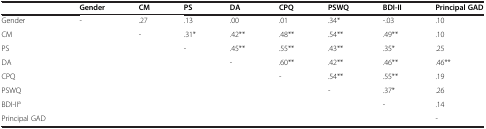
|  | Gender | CM | PS | DA | CPQ | PSWQ | BDI-II | Principal GAD |
 | --- | --- | --- | --- | --- | --- | --- | --- | --- |
 | Gender | - | .27 | .13 | .00 | .01 | .34* | -.03 | .10 |
 | CM |  | - | .31* | .42** | .48** | .54** | .49** | .10 |
 | PS |  |  | - | .45** | .55** | .43** | .35* | .25 |
 | DA |  |  |  | - | .60** | .42** | .46** | .46** |
 | CPQ |  |  |  |  | - | .54** | .55** | .19 |
 | PSWQ |  |  |  |  |  | - | .37* | .26 |
 | BDI-IIa |  |  |  |  |  |  | - | .14 |
 | Principal GAD |  |  |  |  |  |  |  | - |